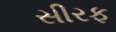
સીરફ